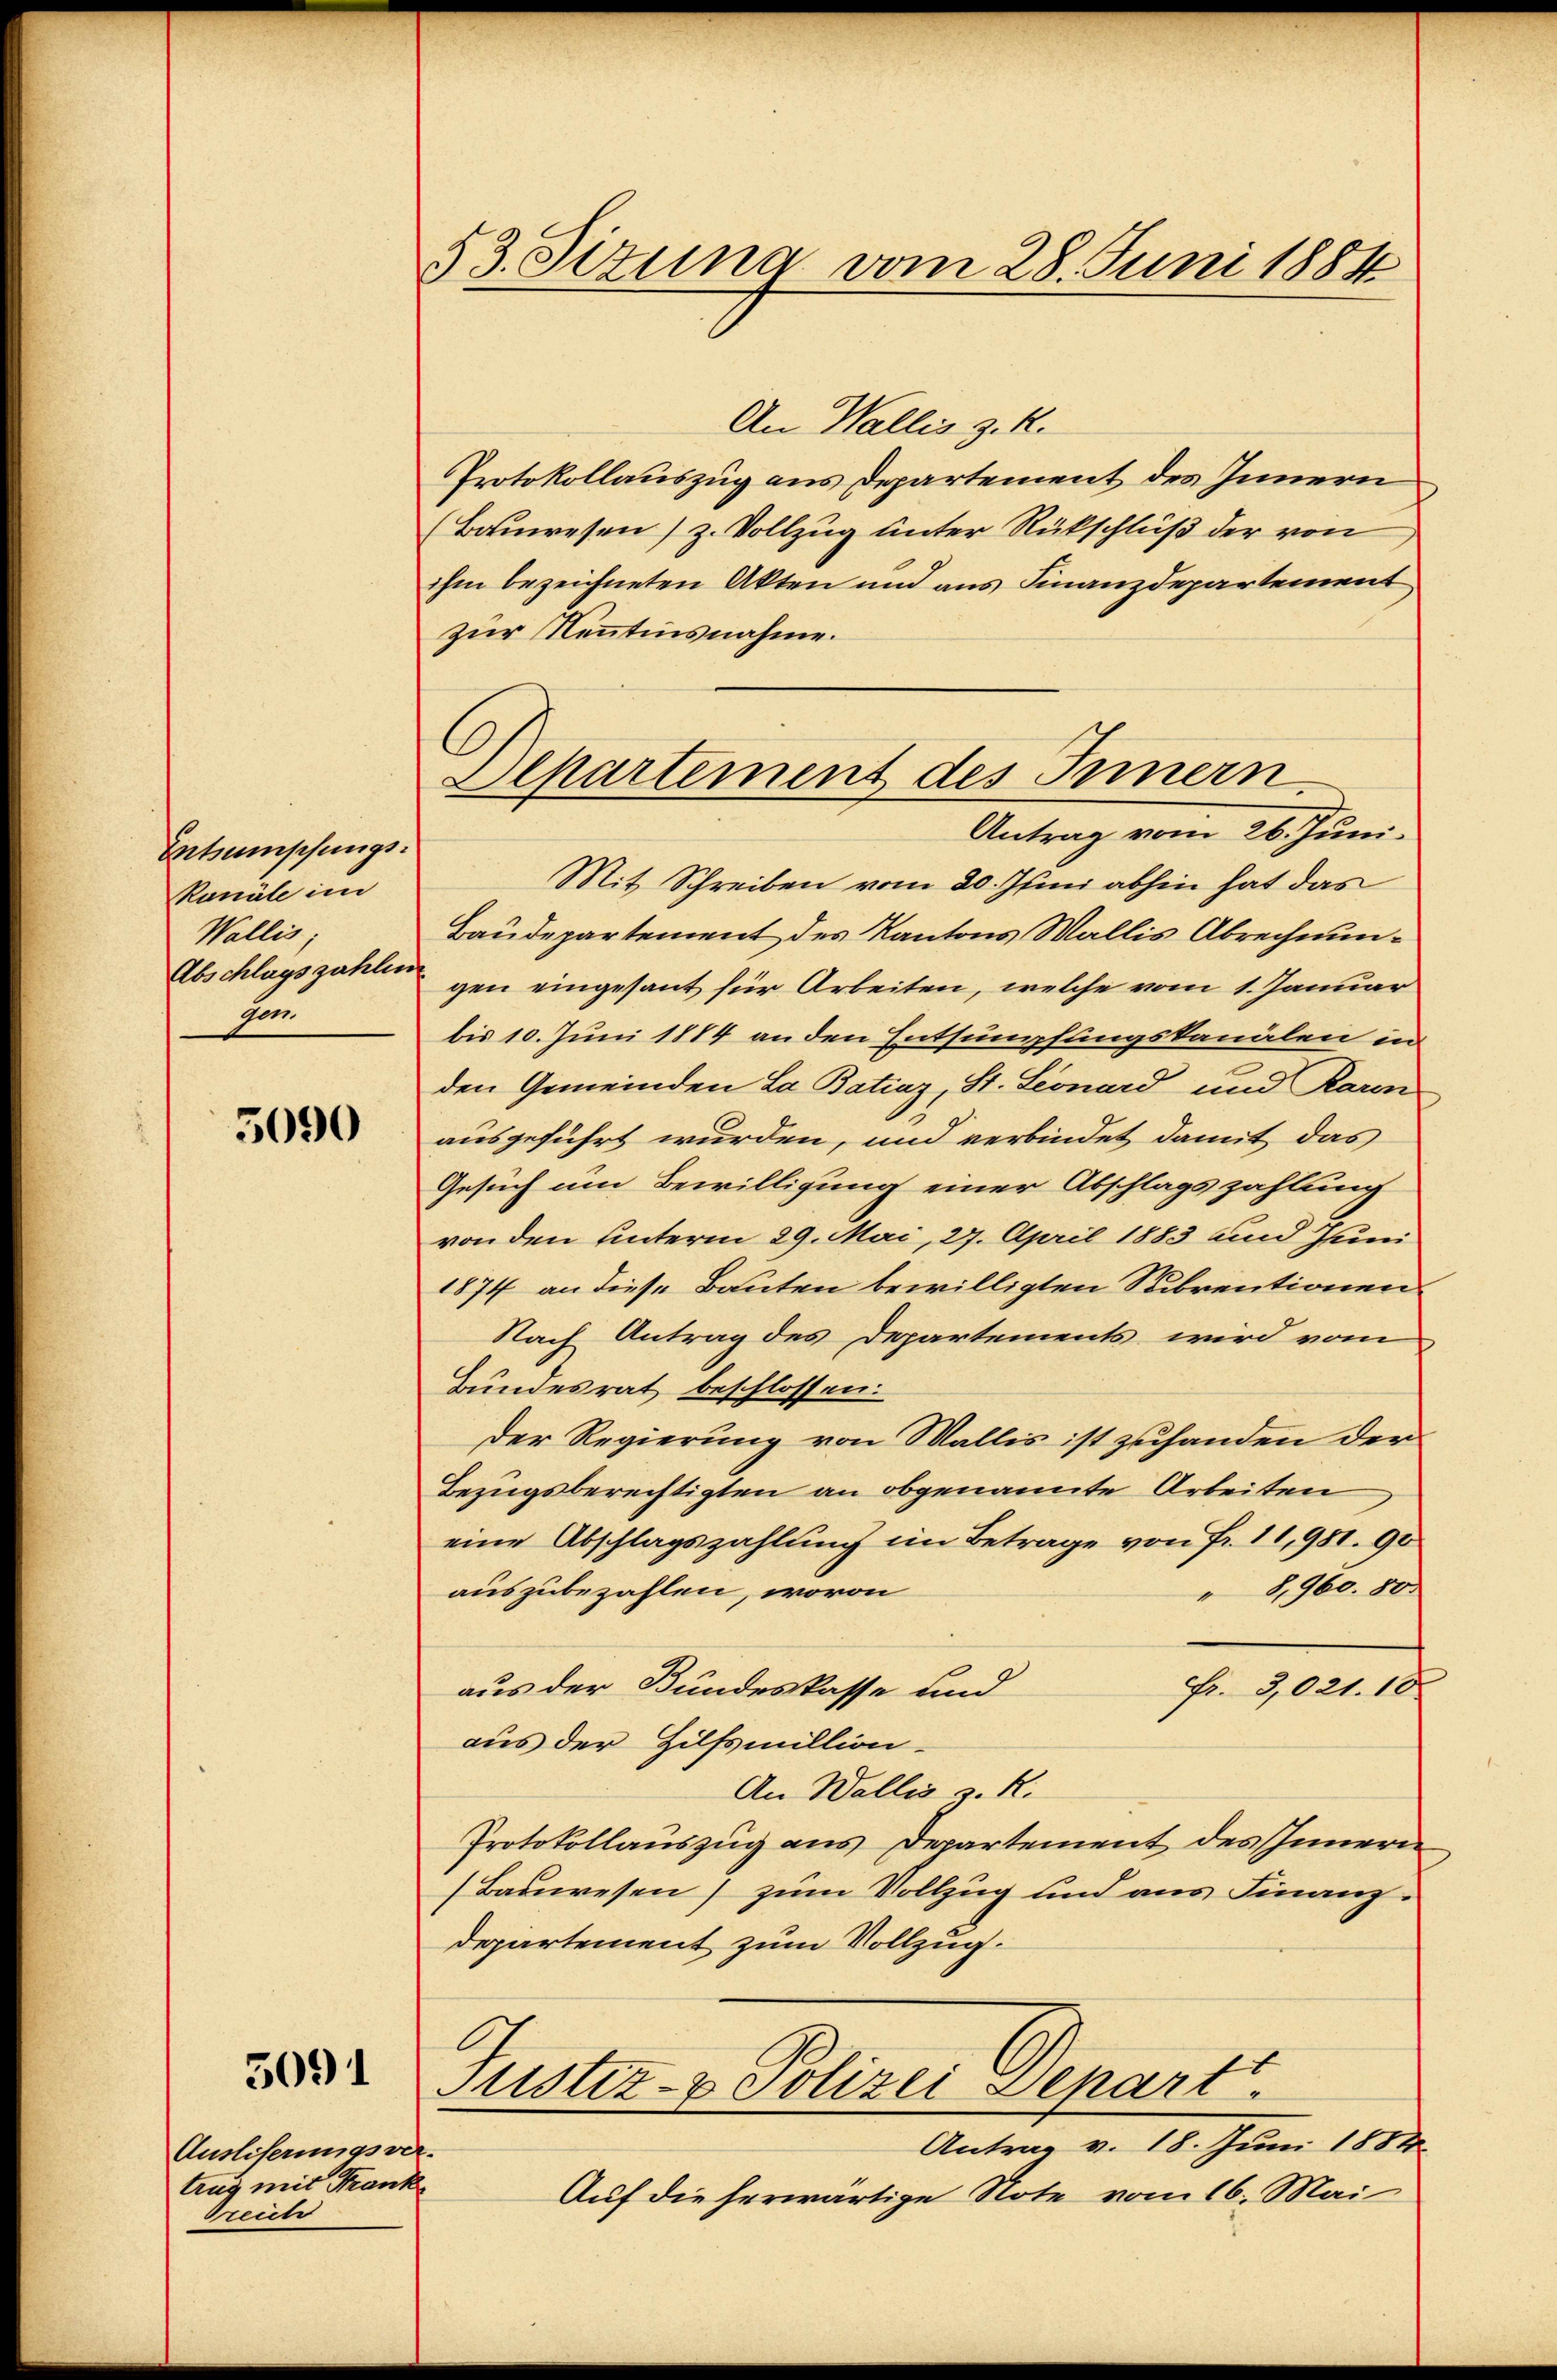
Entschungs
Kanäle im
Wallis,
Abschlagszahlen
von

5090

5091

Ausliserungsver-
trug mit Franke
breiter

53. Sizung vom 28. Juni 1884

C
Separtement des Innern
Antrag vom 26. Juni.

An Wallis z. K.
Protokollauszug aus Departement des Innern
(Bauwesen z. Vollzug unter Rückschluß der von
ihm bezeichneten Akten und aus Finanzdepartement
zur Kenntnisnahme.
Mit Schreiben vom 20. Junn abhin hat das
Baudepartement des Kantons Wallis Abrechnungen eingesant für Arbeiten, welche vom 1. Januar
bis 10. Juni 1884 an den Entsumpfungskanälen in
den Gemeinden La Batiaz, St. Leonard und Rarm
ausgeführt wurden, und verbindet damit das
Gesuch am Bewilligung einer Abschlagszahlung
von den unterm 29. Mai, 27. April 1883 und Juni
1874 an diese Bauten bewilligten Subrentionen
Nach Antrag des Departements wird vom
Bundesrat beschlossen:
Der Regierung von Wallis ist zuhanden der
Bezugsberechtigten an obgenannte Arbeiten
eine Abschlagszahlung im Betrage von Fr. 11,981. 90
auszubezahlen, wovon
" 8,960. 80.
aus der Bundeskasse und
Fr. 3,021. 18
aus der Hilfsmillion-
An Wallis z. R.
Protokollauszug aus Departement des Innern
(Bauwesen) zum Vollzug und aus Finanz-
departement zum Vollzung.
Justiz- & Polizei Depart.
Antrag v. 18. Juni 1884.
Auf die herwärtige Note vom 16. Mai